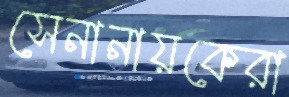
সেনানায়কেরা